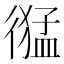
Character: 𢕙